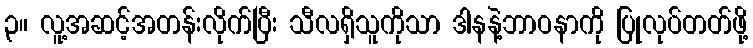
၃။ လူ့အဆင့်အတန်းလိုက်ပြီး သီလရှိသူကိုသာ ဒါနနဲ့ဘာဝနာကို ပြုလုပ်တတ်ဖို့